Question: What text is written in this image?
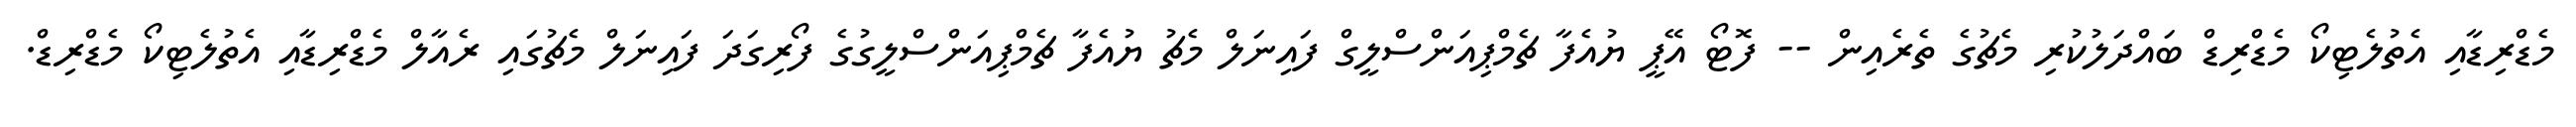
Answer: މެޑްރިޑާއި އެތުލެޓިކޯ މެޑްރިޑް ބައްދަލުކުރި މެޗުގެ ތެރެއިން -- ފޮޓޯ އޭޕީ ޔުއެފާ ޗެމްޕިއަންސްލީގް ފައިނަލް މެޗު ޔުއެފާ ޗެމްޕިއަންސްލީގުގެ ފޯރިގަދަ ފައިނަލް މެޗުގައި ރެއާލް މެޑްރިޑާއި އެތުލެޓިކޯ މެޑްރިޑް.